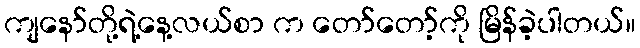
ကျနော်တို့ရဲ့နေ့လယ်စာ က တော်တော့်ကို မြိန်ခဲ့ပါတယ်။